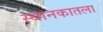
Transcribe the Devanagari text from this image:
स्थानकातला